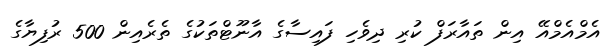
އެމްއެމްއޭ އިން ތައާރަފް ކުރި ދިވެހި ފައިސާގެ އާނޫޓްތަކުގެ ތެރެއިން 500 ރުފިޔާގެ